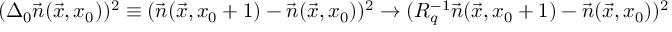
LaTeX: ( \Delta _ { 0 } \vec { n } ( \vec { x } , x _ { 0 } ) ) ^ { 2 } \equiv ( \vec { n } ( \vec { x } , x _ { 0 } + 1 ) - \vec { n } ( \vec { x } , x _ { 0 } ) ) ^ { 2 } \to ( R _ { q } ^ { - 1 } \vec { n } ( \vec { x } , x _ { 0 } + 1 ) - \vec { n } ( \vec { x } , x _ { 0 } ) ) ^ { 2 }